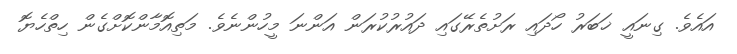
އައެވެ. ގިނައީ ޚަބަރު ހޯދައި ރަށުތެރޭގައި ދައުރުކުރަން އަންނަ މީހުންނެވެ. މަތިއޮމާންކޮށްގެން ހިތްހެޔޮޮ